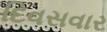
દિવસવાર